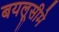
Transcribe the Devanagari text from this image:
बयलूसीमे